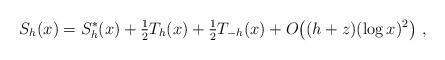
LaTeX: \begin{align*}S_h(x) = S_h^*(x) +\tfrac12 T_h(x) +\tfrac12 T_{-h}(x)+ O\bigl((h+z)(\log x)^2\bigr)\ , \end{align*}